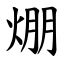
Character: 焩